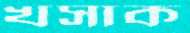
খসাক